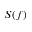
S ( f )